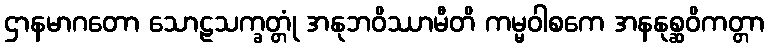
ဌာနမာဂတော သောဠသက္ခတ္တုံ အနုဘဝိဿာမီတိ ကမ္မဝါစကေ အနနုစ္ဆဝိကတ္တာ